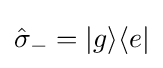
{\hat {\sigma }}_{-}=|g\rangle \langle e|